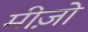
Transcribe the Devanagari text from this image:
मीज़ो